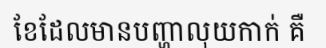
ខែដែលមានបញ្ហាលុយកាក់ គឺ